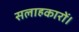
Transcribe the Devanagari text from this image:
सलाहकारों।